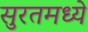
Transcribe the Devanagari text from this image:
सुरतमध्ये